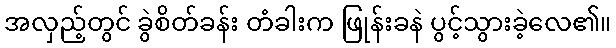
အလှည့်တွင် ခွဲစိတ်ခန်း တံခါးက ဖြုန်းခနဲ ပွင့်သွားခဲ့လေ၏။